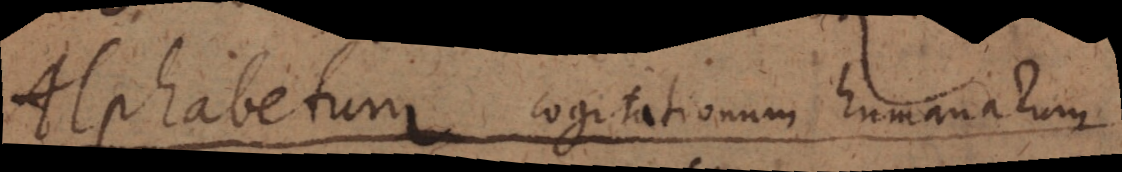
Alphabetum cogitationum humanarum